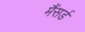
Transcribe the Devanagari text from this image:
मैंसर्ड